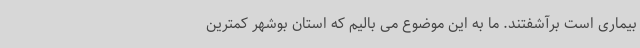
بیماری است برآشفتند. ما به این موضوع می بالیم که استان بوشهر کمترین